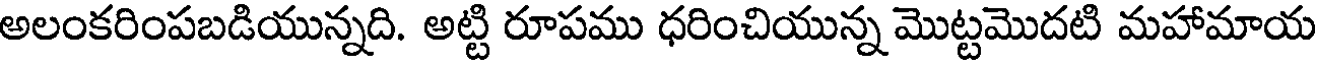
అలంకరింపబడియున్నది. అట్టి రూపము ధరించియున్న మొట్టమొదటి మహామాయ